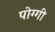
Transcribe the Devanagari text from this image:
पोग्गी